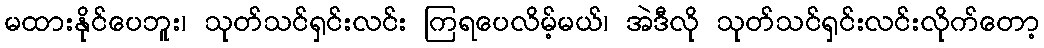
မထားနိုင်ပေဘူး၊ သုတ်သင်ရှင်းလင်း ကြရပေလိမ့်မယ်၊ အဲဒီလို သုတ်သင်ရှင်းလင်းလိုက်တော့